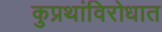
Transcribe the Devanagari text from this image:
कुप्रथांविरोधात